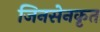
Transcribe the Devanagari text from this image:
जिनसेनकृत